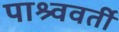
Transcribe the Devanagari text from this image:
पाश्र्ववर्ती